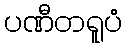
ပဏီတရူပံ